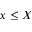
x \le X